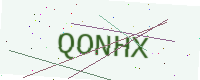
Text: QONHX